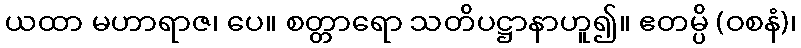
ယထာ မဟာရာဇ၊ ပေ။ စတ္တာရော သတိပဋ္ဌာနာဟူ၍။ ဧတမ္ပိ (ဝစနံ)၊